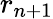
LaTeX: r_{n+1}